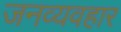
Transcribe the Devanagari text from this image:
जनव्यवहार